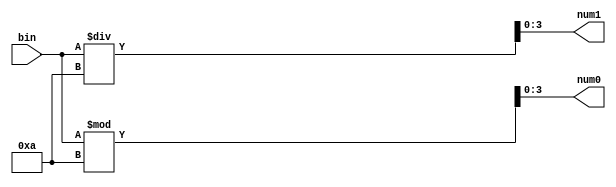
`timescale 1ns / 1ps
//////////////////////////////////////////////////////////////////////////////////
// Company: 
// Engineer: 
// 
// Design Name: 
// Module Name: binToBCD
// Project Name: 
// Target Devices: 
// Tool Versions: 
// Description: 
// 
// Dependencies: 
// 
// Revision:
// Revision 0.01 - File Created
// Additional Comments:
// 
//////////////////////////////////////////////////////////////////////////////////


module binToBCD(
   output reg [3:0] num1,
   output reg [3:0] num0,
   input [6:0] bin
   );
   	
always @(bin) begin
    num1 = bin/10;
    num0 = bin%10;
end
endmodule